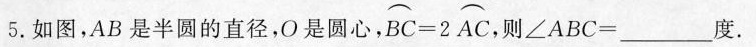
5.如图，AB是半圆的直径，O是圆心，BC=2AC，则∠ABC=___度。